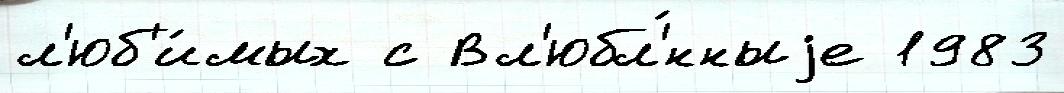
л'юб'и́мых с Вл'юбл'́нныjе 1983